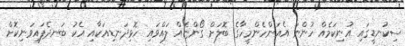
ސިކުނޑީގައި އުނިކަމެއް ހުންނަ އެއަންހެންމީހާގެ ބޮލަށް ގޯންޏެއް ލައްވައި ހޮޅިދަނޑިއަކާއި އެކު ބަނދެފައިވަނިކޮށް